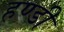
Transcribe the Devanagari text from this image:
हण्डी